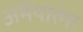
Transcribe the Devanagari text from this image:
अमेयात्मा